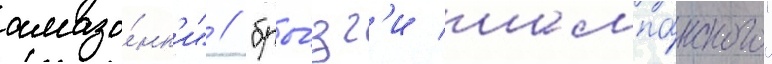
амазо́нк'и" / "бры́зг'и шампа́нского"